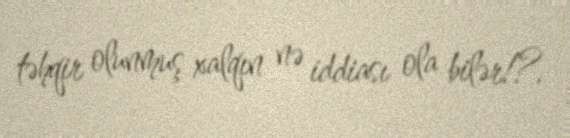
təhqir olunmuş xalqın nə iddiası ola bilər!?.